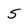
Character: S